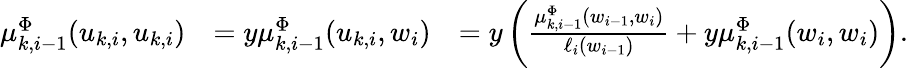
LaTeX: \begin{array}{rlr}{\mu_{k,i-1}^{\Phi}(u_{k,i},u_{k,i})}&{=y\mu_{k,i-1}^{\Phi}(u_{k,i},w_{i})}&{=y\left(\frac{\mu_{k,i-1}^{\Phi}(w_{i-1},w_{i})}{\ell_{i}(w_{i-1})}+y\mu_{k,i-1}^{\Phi}(w_{i},w_{i})\right).}\end{array}